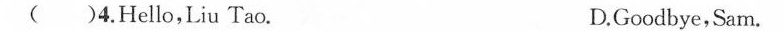
( )4.Hello,Liu Tao. D.Goodbye,Sam.